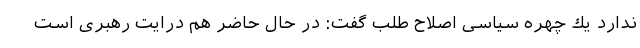
ندارد يك چهره سیاسی اصلاح طلب گفت: در حال حاضر هم درایت رهبری است